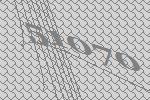
51070